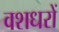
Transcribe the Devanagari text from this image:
वशधरों